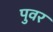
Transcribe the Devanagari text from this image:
पुवर